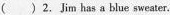
()2. Jim has a bule sweater.